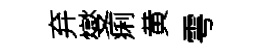
弃燮痢黄雩